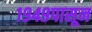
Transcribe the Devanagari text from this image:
१९४९पासून